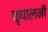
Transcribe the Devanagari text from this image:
कृपालनी